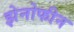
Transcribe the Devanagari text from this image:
झेनोफीन